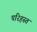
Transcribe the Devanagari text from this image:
परिहस्त